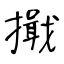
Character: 擑